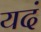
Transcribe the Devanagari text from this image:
यदं